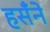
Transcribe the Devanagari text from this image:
हसँने